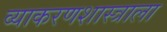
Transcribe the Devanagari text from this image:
व्याकरणशास्त्राला